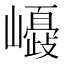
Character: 𡾂